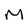
Character: M